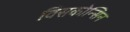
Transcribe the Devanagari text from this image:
विसकोन्सिन